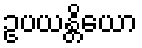
ဥပယန္တိယော